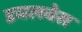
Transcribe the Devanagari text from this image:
डबलबेस